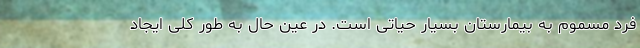
فرد مسموم به بیمارستان بسیار حیاتی است. در عین حال به طور کلی ایجاد